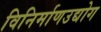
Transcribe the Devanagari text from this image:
विनिर्माणउद्योग